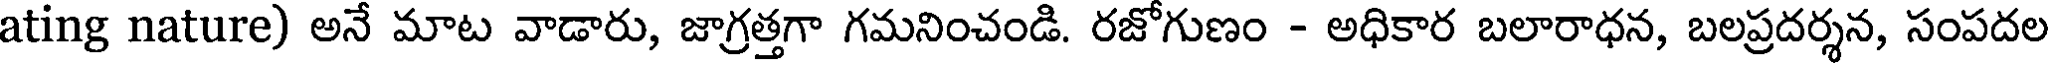
ating nature) అనే మాట వాడారు, జాగ్రత్తగా గమనించండి. రజోగుణం - అధికార బలారాధన, బలప్రదర్శన, సంపదల